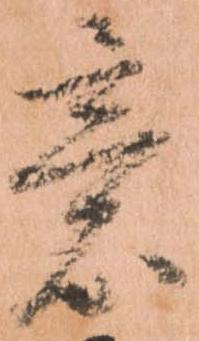
意